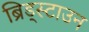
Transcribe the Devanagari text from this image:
ब्रिड्स्टाउन